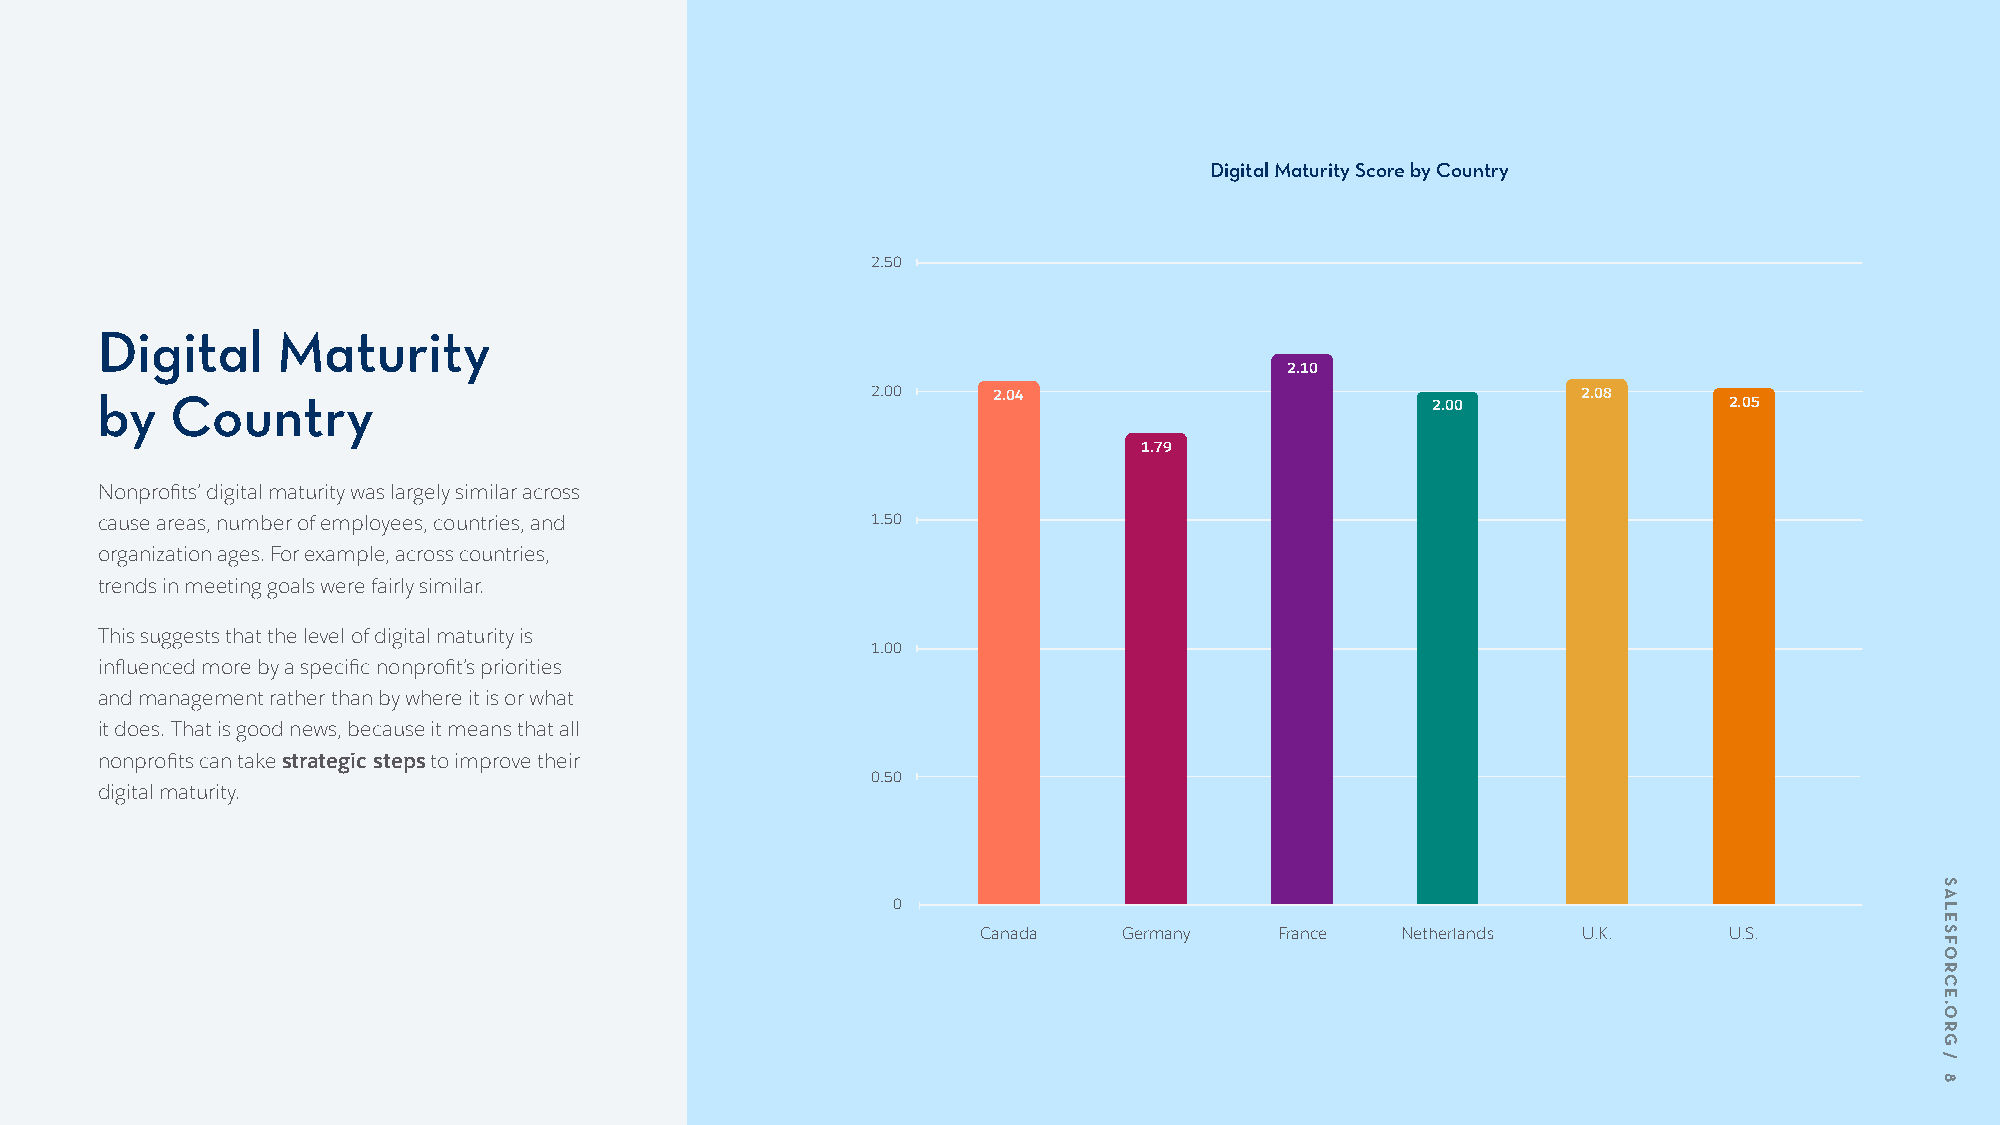
Digital Maturity Score by Country
 2.50
 Digital     Maturity
 2.10
 by   Country                                        2.00    2.04                         2.00      2.08     2.05
 1.79
 Nonprofits’ digital maturity was largely similar across
 cause areas, number of employees, countries, and    1.50
 organization ages. For example, across countries,
 trends in meeting goals were fairly similar.
 This suggests that the level of digital maturity is
 1.00
 influenced more by a specific nonprofit’s priorities
 and management rather than by where it is or what
 it does. That is good news, because it means that all
 nonprofits can take strategic steps to improve their
 0.50
 digital maturity.
 0
 Canada   Germany    France  Netherlands U.K.     U.S.
 SALESFORCE.ORG
 /
 8